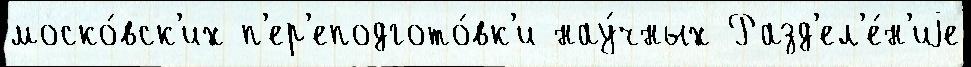
моско́вск'их п'ер'еподгото́вк'и нау́чных Разд'ел'е́н'иjе